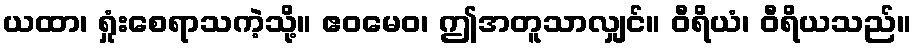
ယထာ၊ ရှုံးစေရာသကဲ့သို့။ ဧဝမေဝ၊ ဤအတူသာလျှင်။ ဝီရိယံ၊ ဝီရိယသည်။